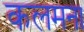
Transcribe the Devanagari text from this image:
कलमना